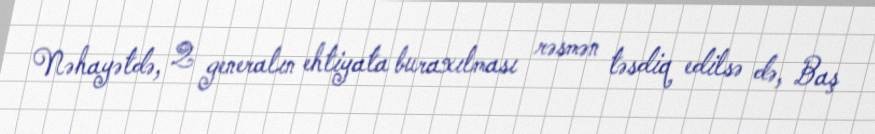
Nəhayətdə, 2 generalın ehtiyata buraxılması rəsmən təsdiq edilsə də, Baş